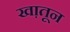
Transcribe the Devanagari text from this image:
खा़तून